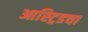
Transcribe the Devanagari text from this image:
आस्ट्रिडचा